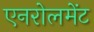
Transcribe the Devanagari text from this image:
एनरोलमेंट